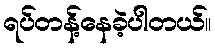
ရပ်တန့်နေခဲ့ပါတယ်။